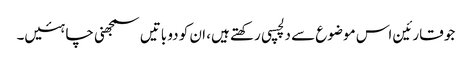
جو قارئین اس موضوع سے دلچسپی رکھتے ہیں، ان کو دو باتیں سمجھنی چاہئیں۔